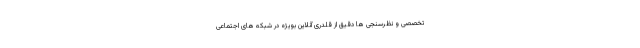
تخصصی و نظرسنجی ها دقیق از قلدری آنلاین بویژه در شبکه های اجتماعی